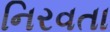
નિરવતા